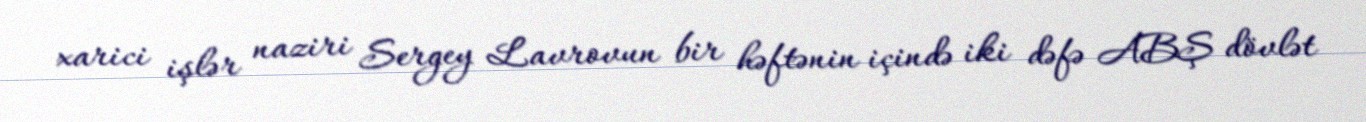
xarici işlər naziri Sergey Lavrovun bir həftənin içində iki dəfə ABŞ dövlət